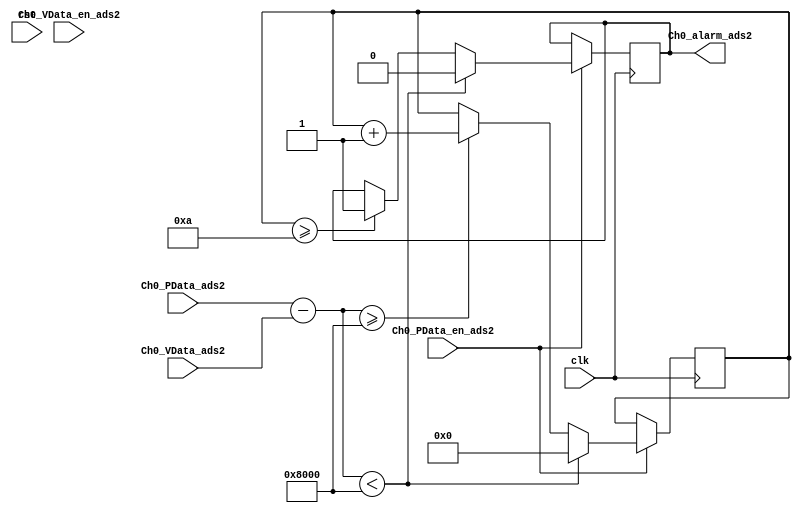
`timescale 1ns / 1ns
module peak_alarm(
    input clk,
	 input rst,
	 
	 input [15:0] Ch0_PData_ads2,
	 input  Ch0_PData_en_ads2,
	 input [15:0] Ch0_VData_ads2,
	 input Ch0_VData_en_ads2,
	
	 output reg Ch0_alarm_ads2);

parameter alarm_line = 16'h8000;
parameter over_count = 16'h000A;
	 
reg [7:0]alarm_cnt;
always@(posedge clk)
	begin
		if(Ch0_PData_en_ads2)
			begin
				if((Ch0_PData_ads2-Ch0_VData_ads2)<alarm_line)		 alarm_cnt<=0;
				else if((Ch0_PData_ads2-Ch0_VData_ads2)>=alarm_line)alarm_cnt<=alarm_cnt+1;
				else alarm_cnt<=alarm_cnt;
			end
		else 
			begin
				alarm_cnt<=alarm_cnt;
			end
	end

always@(posedge clk)
	begin
		if(Ch0_PData_en_ads2)
			begin
				if((Ch0_PData_ads2-Ch0_VData_ads2)<alarm_line)Ch0_alarm_ads2<=0;
				else if(alarm_cnt>=over_count)					 Ch0_alarm_ads2<=1;
				else Ch0_alarm_ads2<=Ch0_alarm_ads2;
			end
		else
			begin
				Ch0_alarm_ads2<=Ch0_alarm_ads2;
			end
	end	
endmodule